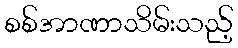
စစ်အာဏာသိမ်းသည့်